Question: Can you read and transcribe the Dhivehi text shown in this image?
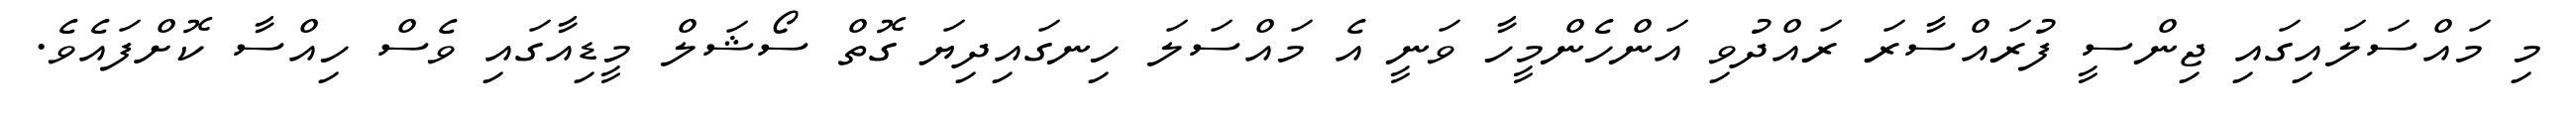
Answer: މި މައްސަލައިގައި ޖިންސީ ފުރައްސާރަ ރައްދުވި އަންހެންމީހާ ވަނީ އެ މައްސަލަ ހިނގައިދިޔަ ގޮތް ސޯޝަލް މީޑިއާގައި ވެސް ހިއްސާ ކޮށްފައެވެ.